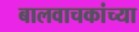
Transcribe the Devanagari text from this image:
बालवाचकांच्या